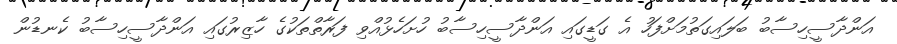
އަންދާސީހިސާބު ބަލައިގަތުމަށްފަހު އެ ގަޑީގައި އަންދާސީހިސާބު ހުށަހެޅުއްވި ފަރާތްތަކުގެ ހާޒިރުގައި އަންދާސީހިސާބު ކެނޑުން